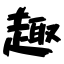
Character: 趣